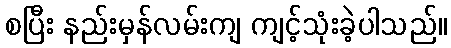
စပြီး နည်းမှန်လမ်းကျ ကျင့်သုံးခဲ့ပါသည်။